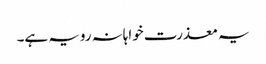
یہ معذرت خواہانہ رویہ ہے۔